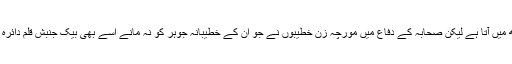
ایک دوسرے کو کافر کہنا تو چلیں سمجھ میں آتا ہے لیکن صحابہ کے دفاع میں مورچہ زن خطیبوں نے جو ان کے خطیبانہ جوہر کو نہ مانے اسے بھی بیک جنبش قلم دائرہ اسلام سے خارج کرنے کا اعلان کردیا ۔